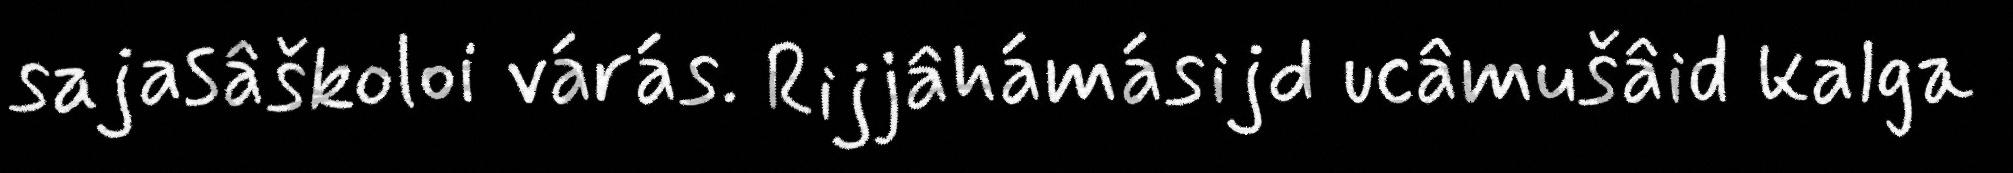
sajasâškoloi várás. Rijjâhámásijd ucâmušâid kalga